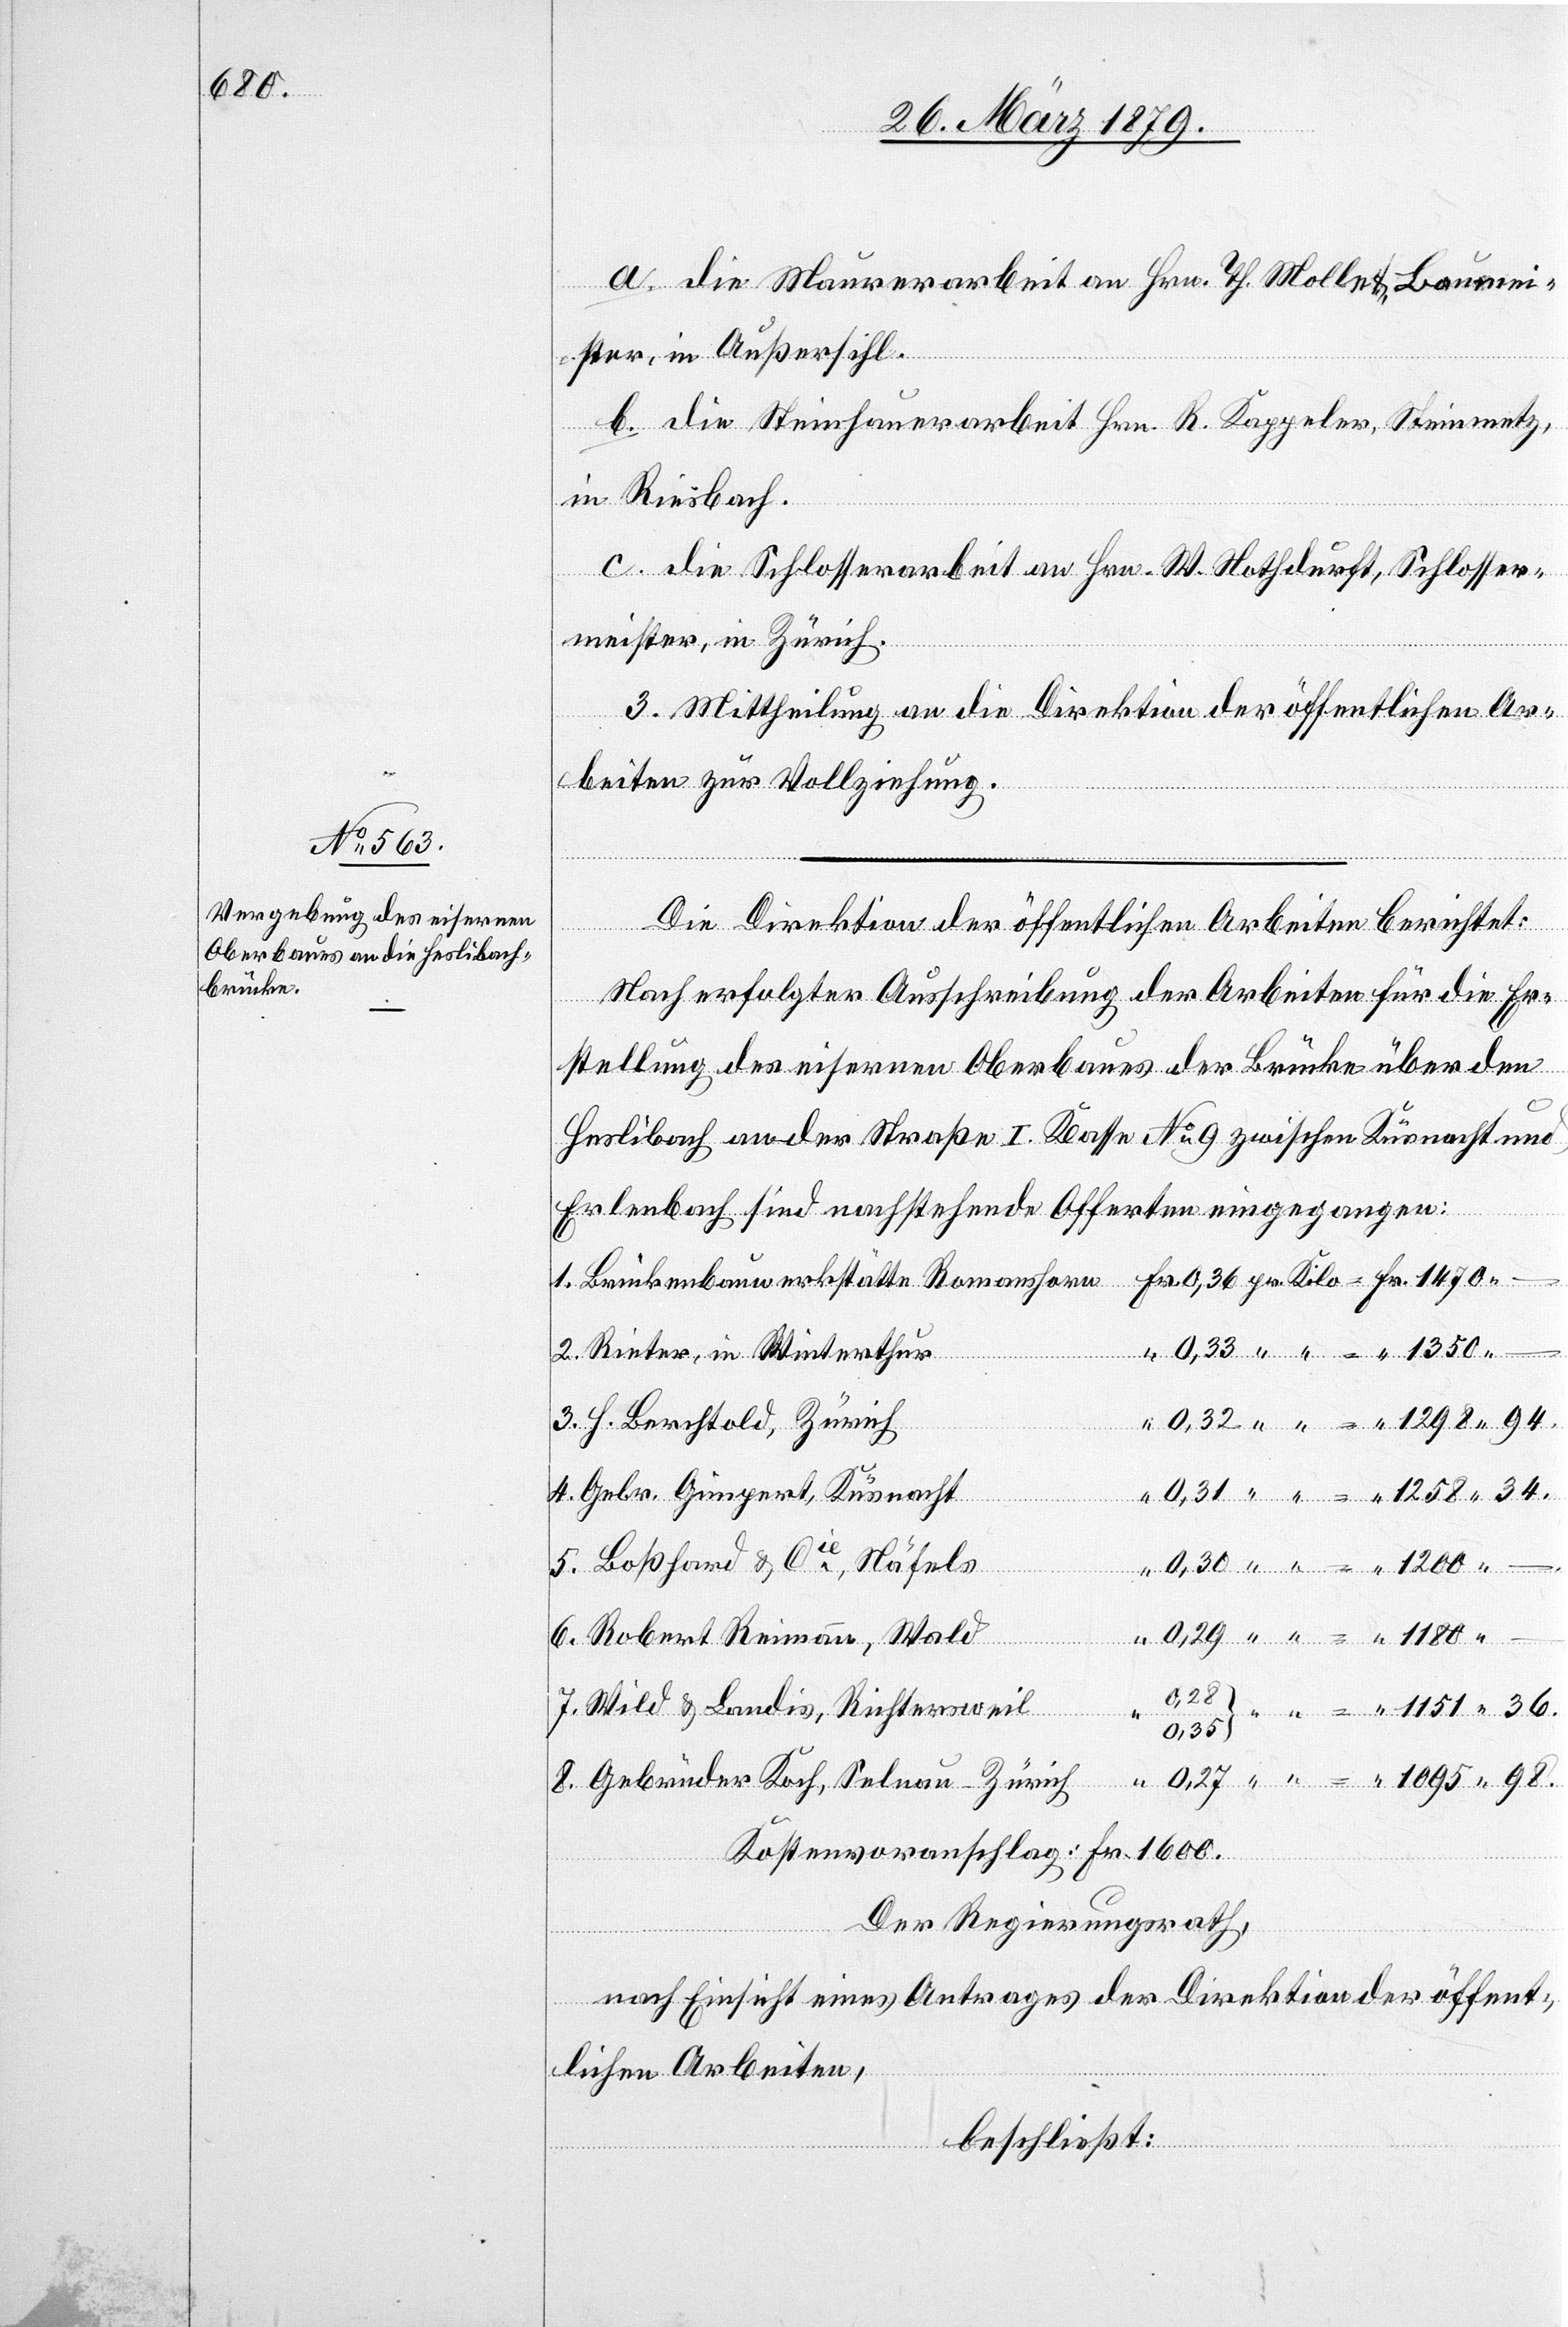
1180.
Brücke¬

a. die Maurerarbeit an Hrn. Th. Mollet, Baumei¬
ster, in Außersihl.
b. die Steinhauerarbeit Hrn. R. Kappeler, Steinmetz,
in Riesbach.
c. die Schlosserarbeit an Hrn. W. Nothdurft, Schlosser¬
meister, in Zürich.
3. Mittheilung an die Direktion der öffentlichen Ar¬
beiten zur Vollziehung.
Die Direktion der öffentlichen Arbeiten berichtet:
Nach erfolgter Ausschreibung der Arbeiten für die Er¬
stellung des eisernen Oberbaues der Brücke über den
Heslibach an der Straße I. Klasse No 9 zwischen Küsnacht und
Erlenbach sind nachstehende Offerten eingegangen:
2. Rieter, in Winterthur
3. H. Berchtold, Zürich
4. Gebr. Gimpert, Küsnacht
5.Boßhard & Cie, Näfels
8.
6. Robert Reimann, Wald
0,27
7. Wild & Landis, Richtersweil
Kostenvoranschlag: Fr. 1600.
Der Regierungsrath,
Selnau -
nach Einsicht eines Antrages der Direktion der öffent¬
lichen Arbeiten,
beschließt: